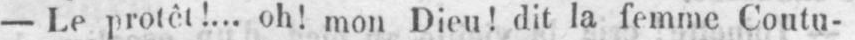
- Le protêt!... oh! mon Dieu! dit la femme Coutu-